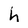
Character: h